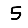
Digit: 5